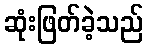
ဆုံးဖြတ်ခဲ့သည်